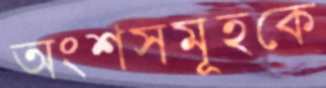
অংশসমূহকে